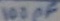
Text: 100pF